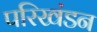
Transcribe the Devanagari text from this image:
परिखंडन